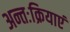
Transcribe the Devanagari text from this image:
अन्तःक्रियाएं